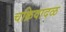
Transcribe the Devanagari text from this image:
चक्रिवादळ